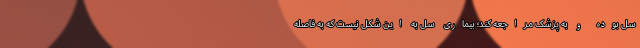
سل بوده و به پزشک مراجعه کند؛ بیماری سل به این شکل نیست که به فاصله